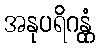
အနုပရိဂန္တုံ